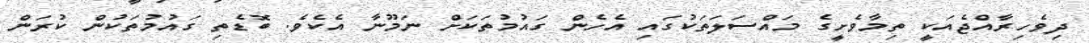
ދިވެހިރާއްޖެއަކީ ތިމާވެށީގެ މައްސަލަތަކުގައި އެހެން ގައުމުތަކަށް ނަމޫނާ އެކެވެ. ބޮޑެތި ގައުމުތަކުން ކުރަން